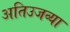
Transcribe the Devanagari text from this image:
अतिउजव्या